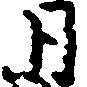
月